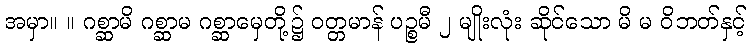
အမှာ။ ။ ဂစ္ဆာမိ ဂစ္ဆာမ ဂစ္ဆာမှေတို့၌ ဝတ္တမာန် ပဉ္စမီ ၂ မျိုးလုံး ဆိုင်သော မိ မ ဝိဘတ်နှင့်